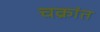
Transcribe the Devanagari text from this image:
चक्रांत